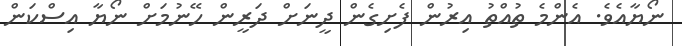
ނޯޔާއެވެ. އެންމެ ތުއްތު އިރުން ފެށިގެން ދީނަށް ދަރީން ހޭނުމަށް ނޯޔާ އިސްކަން